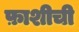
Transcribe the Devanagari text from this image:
फ़ाशीची